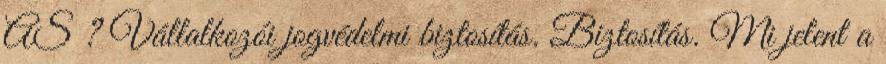
AS ? Vállalkozói jogvédelmi biztosítás. Biztosítás. Mi jelent a